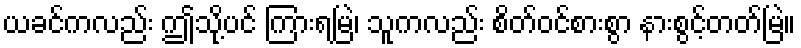
ယခင်ကလည်း ဤသို့ပင် ကြားရမြဲ၊ သူကလည်း စိတ်ဝင်စားစွာ နားစွင့်တတ်မြဲ။